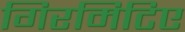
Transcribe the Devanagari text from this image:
गिरमिटिए